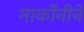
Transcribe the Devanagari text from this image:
मार्कोनीने